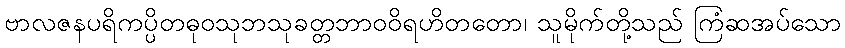
ဗာလဇနပရိကပ္ပိတဓုဝသုဘသုခတ္တဘာဝဝိရဟိတတော၊ သူမိုက်တို့သည် ကြံဆအပ်သော